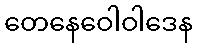
တေနေဝေါဝါဒေန